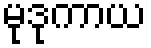
မုဒုကာယ